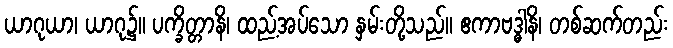
ယာဂုယာ၊ ယာဂု၌။ ပက္ခိတ္တာနိ၊ ထည့်အပ်သော နှမ်းတို့သည်။ ဧကာဗဒ္ဓါနိ၊ တစ်ဆက်တည်း